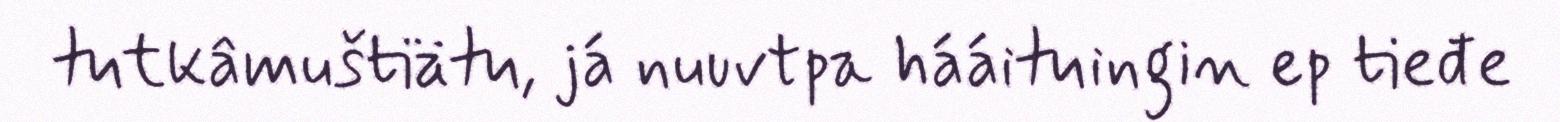
tutkâmuštiätu, já nuuvtpa hááituingin ep tieđe